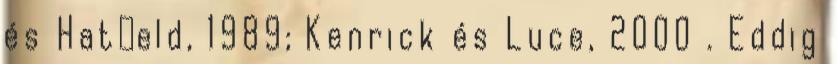
és Hatﬁeld, 1989; Kenrick és Luce, 2000 . Eddig